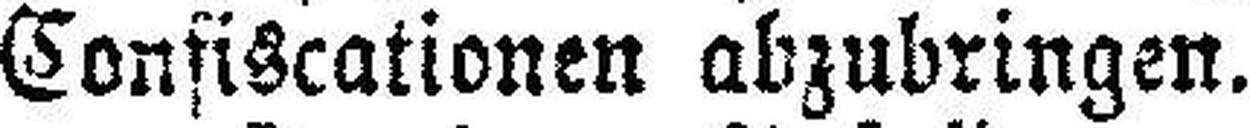
Confiscationen abzubringen.